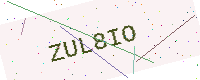
Text: ZUL8IO